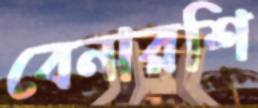
বেনারশি